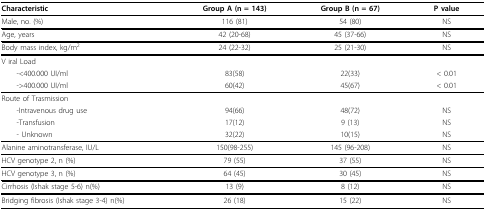
| Characteristic | Group A (n = 143) | Group B (n = 67) | P value |
 | --- | --- | --- | --- |
 | Male, no. (%) | 116 (81) | 54 (80) | NS |
 | Age, years | 42 (20-68) | 45 (37-66) | NS |
 | Body mass index, kg/m2 | 24 (22-32) | 25 (21-30) | NS |
 | V iral Load |  |  |  |
 | -<400.000 UI/ml | 83(58) | 22(33) | < 0.01 |
 | ->400.000 UI/ml | 60(42) | 45(67) | < 0.01 |
 | Route of Trasmission |  |  |  |
 | -Intravenous drug use | 94(66) | 48(72) | NS |
 | -Transfusion | 17(12) | 9 (13) | NS |
 | - Unknown | 32(22) | 10(15) | NS |
 | Alanine aminotransferase, IU/L | 150(98-255) | 145 (96-208) | NS |
 | HCV genotype 2, n (%) | 79 (55) | 37 (55) | NS |
 | HCV genotype 3, n (%) | 64 (45) | 30 (45) | NS |
 | Cirrhosis (Ishak stage 5-6) n(%) | 13 (9) | 8 (12) | NS |
 | Bridging fibrosis (Ishak stage 3-4) n(%) | 26 (18) | 15 (22) | NS |